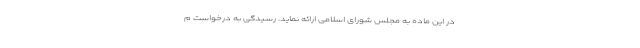
در این ماده به مجلس شورای اسلامی ارائه نماید. رسیدگی به درخواست م